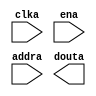
module icache_mem(
	clka,
	ena,
	addra,
	douta);


input clka;
input ena;
input [5 : 0] addra;
output [127 : 0] douta;

// synthesis translate_off

      BLK_MEM_GEN_V3_1 #(
		.C_ADDRA_WIDTH(6),
		.C_ADDRB_WIDTH(6),
		.C_ALGORITHM(1),
		.C_BYTE_SIZE(9),
		.C_COMMON_CLK(0),
		.C_DEFAULT_DATA("0"),
		.C_DISABLE_WARN_BHV_COLL(0),
		.C_DISABLE_WARN_BHV_RANGE(0),
		.C_FAMILY("spartan3"),
		.C_HAS_ENA(1),
		.C_HAS_ENB(0),
		.C_HAS_INJECTERR(0),
		.C_HAS_MEM_OUTPUT_REGS_A(0),
		.C_HAS_MEM_OUTPUT_REGS_B(0),
		.C_HAS_MUX_OUTPUT_REGS_A(0),
		.C_HAS_MUX_OUTPUT_REGS_B(0),
		.C_HAS_REGCEA(0),
		.C_HAS_REGCEB(0),
		.C_HAS_RSTA(0),
		.C_HAS_RSTB(0),
		.C_INITA_VAL("0"),
		.C_INITB_VAL("0"),
		.C_INIT_FILE_NAME("programs/icache_mem.mif"),
		.C_LOAD_INIT_FILE(1),
		.C_MEM_TYPE(3),
		.C_MUX_PIPELINE_STAGES(0),
		.C_PRIM_TYPE(1),
		.C_READ_DEPTH_A(64),
		.C_READ_DEPTH_B(64),
		.C_READ_WIDTH_A(128),
		.C_READ_WIDTH_B(128),
		.C_RSTRAM_A(0),
		.C_RSTRAM_B(0),
		.C_RST_PRIORITY_A("CE"),
		.C_RST_PRIORITY_B("CE"),
		.C_RST_TYPE("SYNC"),
		.C_SIM_COLLISION_CHECK("ALL"),
		.C_USE_BYTE_WEA(0),
		.C_USE_BYTE_WEB(0),
		.C_USE_DEFAULT_DATA(1),
		.C_USE_ECC(0),
		.C_WEA_WIDTH(1),
		.C_WEB_WIDTH(1),
		.C_WRITE_DEPTH_A(64),
		.C_WRITE_DEPTH_B(64),
		.C_WRITE_MODE_A("WRITE_FIRST"),
		.C_WRITE_MODE_B("WRITE_FIRST"),
		.C_WRITE_WIDTH_A(128),
		.C_WRITE_WIDTH_B(128),
		.C_XDEVICEFAMILY("spartan3e"))
	inst (
		.CLKA(clka),
		.ENA(ena),
		.ADDRA(addra),
		.DOUTA(douta),
		.RSTA(),
		.REGCEA(),
		.WEA(),
		.DINA(),
		.CLKB(),
		.RSTB(),
		.ENB(),
		.REGCEB(),
		.WEB(),
		.ADDRB(),
		.DINB(),
		.DOUTB(),
		.INJECTSBITERR(),
		.INJECTDBITERR(),
		.SBITERR(),
		.DBITERR(),
		.RDADDRECC());


// synthesis translate_on

endmodule